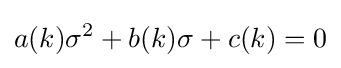
a(k)\sigma ^{2}+b(k)\sigma +c(k)=0